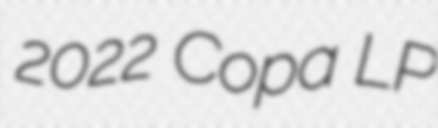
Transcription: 2022 Copa LP